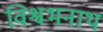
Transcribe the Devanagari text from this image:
विश्वभनाथ